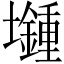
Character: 𡓯